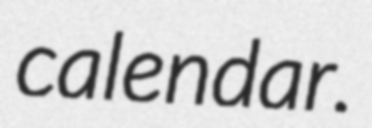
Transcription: calendar.